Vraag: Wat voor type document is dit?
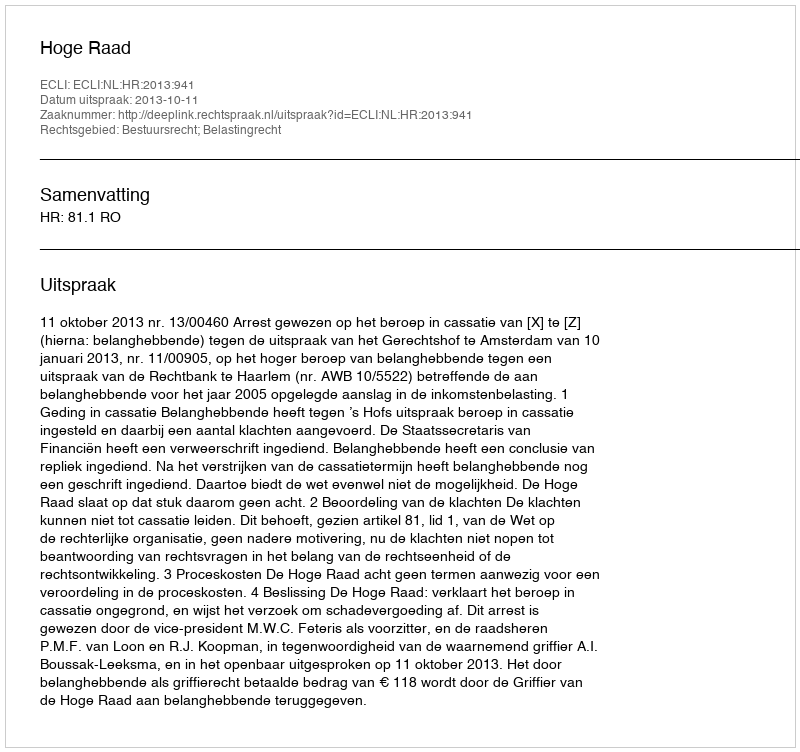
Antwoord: Uitspraak